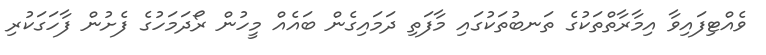
ވެއްޓިފައިވާ އިމާރާތްތަކުގެ ތަނބުތަކުގައި މާފަތި ދަމައިގެން ބައެއް މީހުން ރޯދަމަހުގެ ފެށުން ފާހަގަކުރި